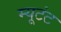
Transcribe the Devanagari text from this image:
म्यूटंट